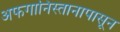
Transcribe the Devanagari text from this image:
अफगानिस्तानापासून